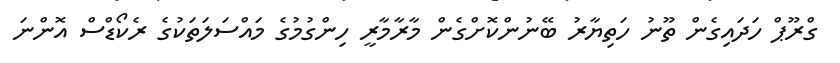
ގްރޫޕް ހަދައިގެން ތޫނު ހަތިޔާރު ބޭނުންކޮށްގެން މާރާމާރީ ހިންގުމުގެ މައްސަލަތަކުގެ ރެކޯޑްސް އޮންނަ